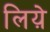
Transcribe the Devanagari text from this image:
लिय़े